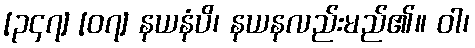
[၃၄၇] [၀၇] နယနံပိ၊ နယနလည်းမည်၏။ ဝါ၊